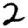
Digit: 2